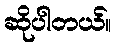
ဆိုပါတယ်။